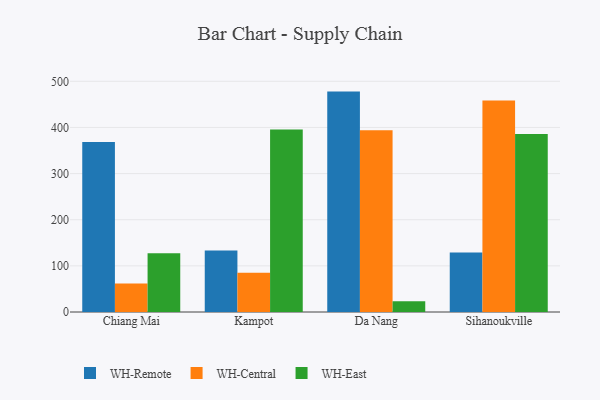
{"axis": {"x": "City", "y": "Gross Profit (USD K)"}, "legend": ["WH-Central", "WH-East", "WH-Remote"], "data": [{"x": "Chiang Mai", "y": 368.7, "type": "WH-Remote"}, {"x": "Chiang Mai", "y": 61.7, "type": "WH-Central"}, {"x": "Chiang Mai", "y": 127.3, "type": "WH-East"}, {"x": "Kampot", "y": 133.1, "type": "WH-Remote"}, {"x": "Kampot", "y": 85.3, "type": "WH-Central"}, {"x": "Kampot", "y": 395.5, "type": "WH-East"}, {"x": "Da Nang", "y": 477.7, "type": "WH-Remote"}, {"x": "Da Nang", "y": 393.9, "type": "WH-Central"}, {"x": "Da Nang", "y": 23.4, "type": "WH-East"}, {"x": "Sihanoukville", "y": 128.9, "type": "WH-Remote"}, {"x": "Sihanoukville", "y": 458.2, "type": "WH-Central"}, {"x": "Sihanoukville", "y": 385.8, "type": "WH-East"}]}